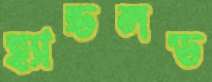
হ্যান্ডলড